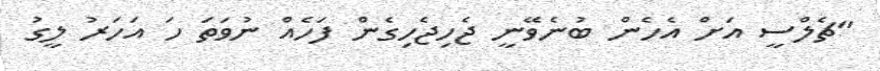
"ޗެލްސީ އަށް އެހެން ބުނެވޭނީ ޖެހިޖެހިގެން ފަހެއް ނުވަތަ ހަ އަހަރު ލީގު